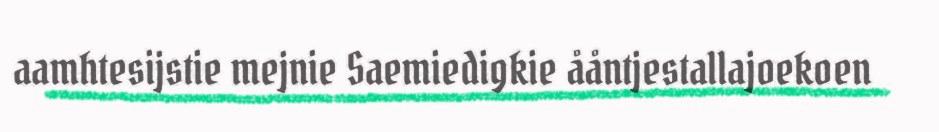
aamhtesijstie mejnie Saemiedigkie ååntjestallajoekoen